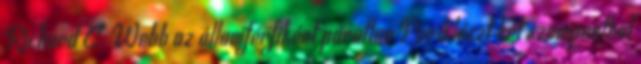
Richard C. Webb az államférfiként páratlan Periklészt két szempontból